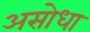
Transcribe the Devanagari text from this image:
असोधा